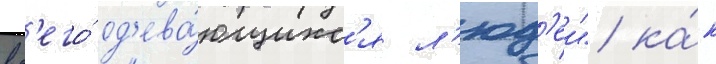
вс'его́ од'ева́ющихс'я л'юд'еи" ка́к